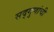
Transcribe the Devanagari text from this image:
सद्गुणांची